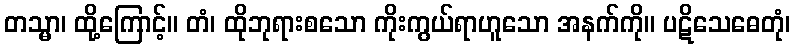
တသ္မာ၊ ထို့ကြောင့်။ တံ၊ ထိုဘုရားစသော ကိုးကွယ်ရာဟူသော အနက်ကို။ ပဋိသေဓေတုံ၊